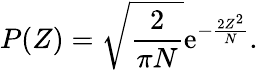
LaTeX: P(Z)=\sqrt{\frac{2}{\pi N}}\mathrm{e}^{-\frac{2Z^{2}}{N}}.